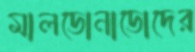
মালডোনাডোদের